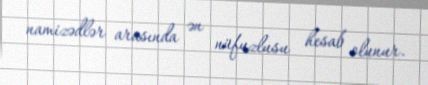
namizədlər arasında ən nüfuzlusu hesab olunur.